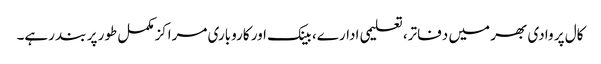
کال پر وادی بھر میں دفاتر، تعلیمی ادارے، بینک اور کاروباری مراکزمکمل طور پر بند رہے۔